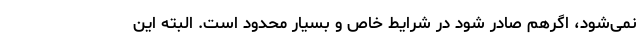
نمی‌شود، اگرهم صادر شود در شرایط خاص و بسیار محدود است. البته این